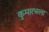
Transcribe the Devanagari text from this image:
कुमारचला